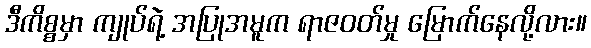
ဒီကိစ္စမှာ ကျုပ်ရဲ့ အပြုအမူက ရာဇဝတ်မှု မြောက်နေလို့လား။